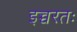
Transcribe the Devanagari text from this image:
इच्चरतः